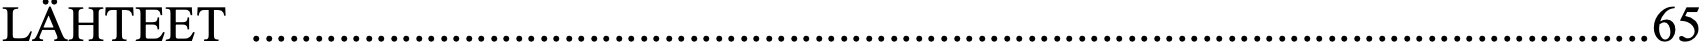
LÄHTEET ................................................................................................................ 65